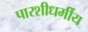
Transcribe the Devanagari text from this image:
पारशीधर्मीय